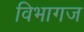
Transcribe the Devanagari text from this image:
विभागज